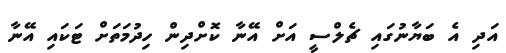
އަދި އެ ބަޔާނުގައި ޗެލްސީ އަށް އޭނާ ކޮށްދިން ހިދުމަތަށް ޓަކައި އޭނާ